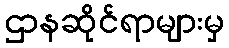
ဌာနဆိုင်ရာများမှ